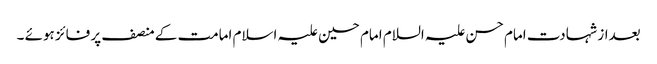
بعداز شہادت امام حسن علیہ السلام امام حسین علیہ اسلام امامت کے منصف پر فائز ہوئے ۔